Lock hospitals Punjab
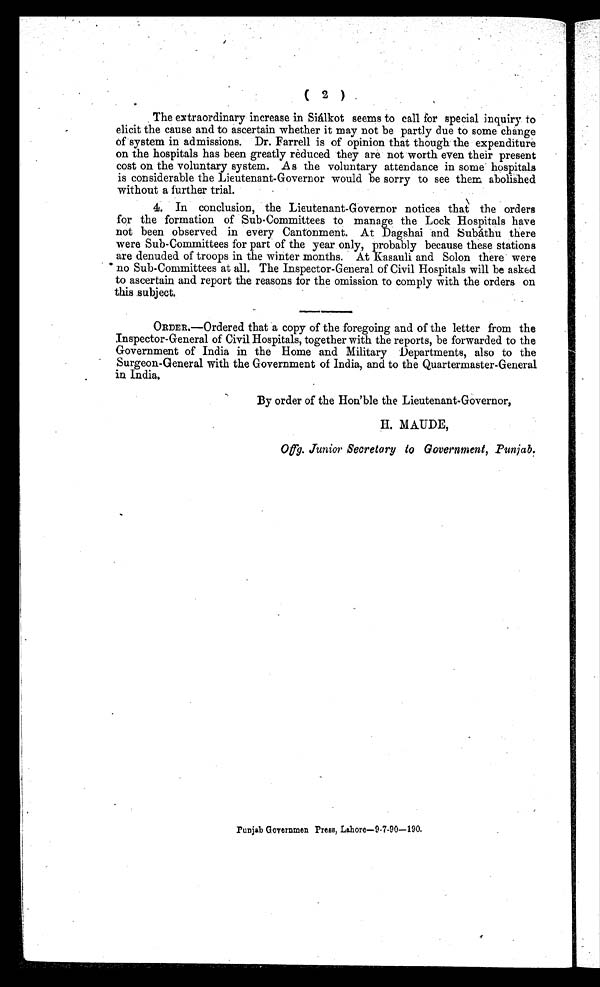
( 2 )
The extraordinary increase in Sialkot seems to call for special inquiry to
elicit the cause and to ascertain whether it may not be partly due to some change
of system in admissions. Dr. Farrell is of opinion that though the expenditure
on the hospitals has been greatly reduced they are not worth even their present
cost on the voluntary system. As the voluntary attendance in some hospitals
is considerable the Lieutenant-Governor would be sorry to see them abolished
without a further trial.
4. In conclusion, the Lieutenant-Governor notices that the orders
for the formation of Sub-Committees to manage the Lock Hospitals have
not been observed in every Cantonment. At Dagshai and Subathu there
were Sub-Committees for part of the year only, probably because these stations
are denuded of troops in the winter months. At Kasauli and Solon there were
no Sub-Committees at all. The Inspector-General of Civil Hospitals will be asked
to ascertain and report the reasons for the omission to comply with the orders on
this subject.
ORDER.—Ordered that a copy of the foregoing and of the letter from the
Inspector-General of Civil Hospitals, together with the reports, be forwarded to the
Government of India in the Home and Military Departments, also to the
Surgeon-General with the Government of India, and to the Quartermaster-General
in India.
By order of the Hon'ble the Lieutenant-Governor,
H. MAUDE,
Offg. Junior Secretary to Government, Punjab.